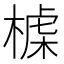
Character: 𣖪